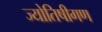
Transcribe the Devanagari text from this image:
ज्योतिषीगण